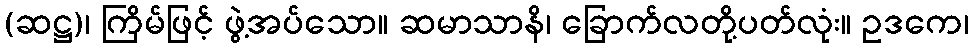
(ဆဋ္ဌ)၊ ကြိမ်ဖြင့် ဖွဲ့အပ်သော။ ဆမာသာနိ၊ ခြောက်လတို့ပတ်လုံး။ ဥဒကေ၊